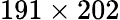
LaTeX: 191\times 202